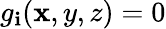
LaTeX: g_{\mathbf{i}}(\mathbf{x},y,z)=0